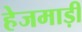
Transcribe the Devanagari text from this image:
हेजमाड़ी